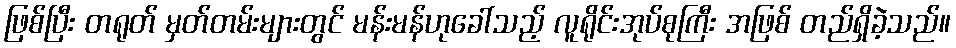
ဖြစ်ပြီး တရုတ် မှတ်တမ်းများတွင် မန်းမန်ဟုခေါ်သည့် လူရိုင်းအုပ်စုကြီး အဖြစ် တည်ရှိခဲ့သည်။